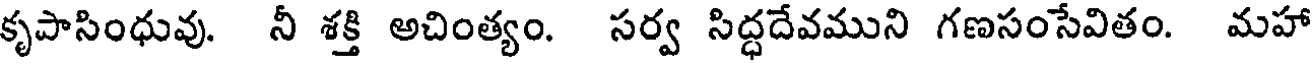
కృపాసింధువు. నీ శక్తి అచింత్యం. సర్వ సిద్ధదేవముని గణసంసేవితం. మహా